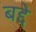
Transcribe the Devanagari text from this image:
बद्दे